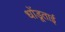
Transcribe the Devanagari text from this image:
धोंडूताई